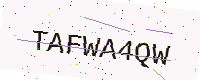
Text: TAFWA4QW